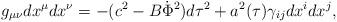
LaTeX: \begin{align*}g_{\mu\nu}dx^{\mu}dx^{\nu}=-(c^2-B\dot{\Phi}^2)d\tau^2+a^2(\tau)\gamma_{ij}dx^idx^j,\end{align*}